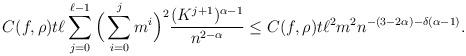
LaTeX: \begin{align*}C(f,\rho)t\ell \sum_{j=0}^{\ell-1} \Big(\sum_{i=0}^j m^i\Big)^2 \frac{(K^{j+1})^{\alpha-1}}{n^{2-\alpha}}\leq C(f,\rho) t\ell^2 m^2 n^{-(3-2\alpha) -\delta(\alpha-1)}.\end{align*}